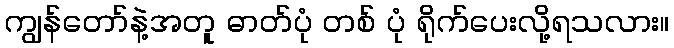
ကျွန်တော်နဲ့အတူ ဓာတ်ပုံ တစ် ပုံ ရိုက်ပေးလို့ရသလား။